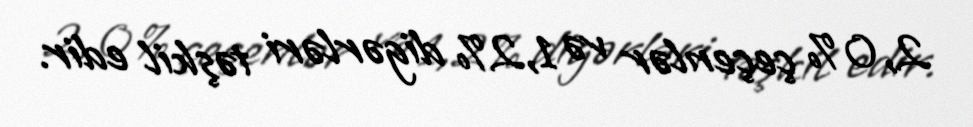
2,0 % çeçenlər və 1,2 % digərləri təşkil edir.